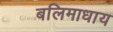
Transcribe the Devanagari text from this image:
बलिमाधाय